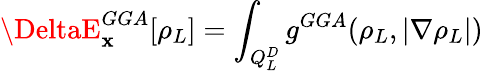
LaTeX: \DeltaE_{\mathbf{x}}^{GGA}[\rho_{L}]=\int_{Q_{L}^{D}}g^{GGA}(\rho_{L},|\nabla\rho_{L}|)